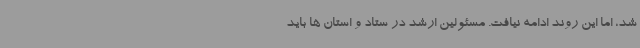
شد، اما این روند ادامه نیافت. مسئولین ارشد در ستاد و استان ها باید